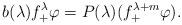
LaTeX: \begin{align*} b(\lambda)f_+^\lambda\varphi = P(\lambda)(f_+^{\lambda+m}\varphi). \end{align*}